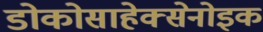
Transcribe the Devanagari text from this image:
डोकोसाहेक्सेनोइक